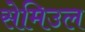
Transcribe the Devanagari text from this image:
सेमिउल